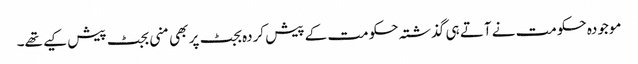
موجودہ حکومت نے آتے ہی گذشتہ حکومت کے پیش کردہ بجٹ پر بھی منی بجٹ پیش کیے تھے۔